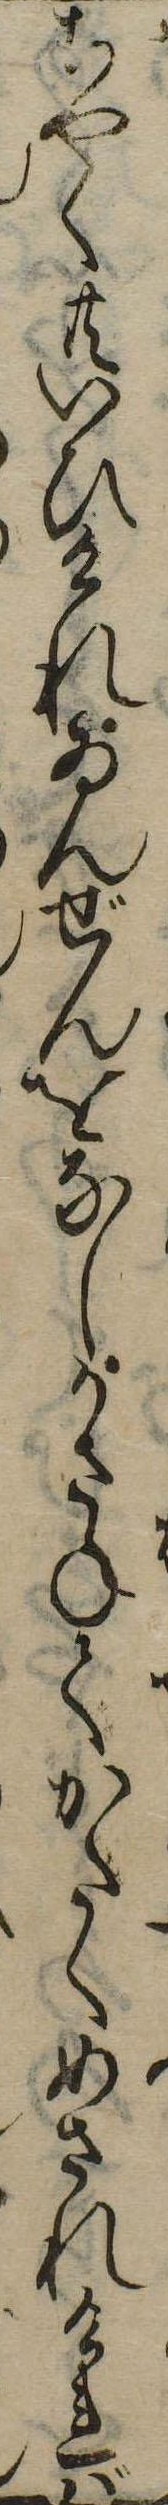
ちやく共いひけれゐんぜんをなしかさねてかたくめされければ